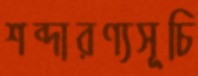
শব্দারণ্যসূচি